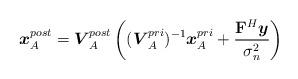
LaTeX: \begin{align*}\boldsymbol{x}_{A}^{post}=\boldsymbol{V}_{A}^{post}\left((\boldsymbol{V}_{A}^{pri})^{-1}\boldsymbol{x}_{A}^{pri}+\frac{\mathbf{F}^{H}\boldsymbol{y}}{\sigma_{n}^{2}}\right)\end{align*}